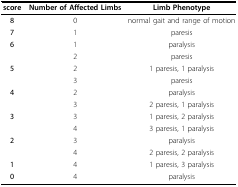
| score | Number of Affected Limbs | Limb Phenotype |
 | --- | --- | --- |
 | 8 | 0 | normal gait and range of motion |
 | 7 | 1 | paresis |
 | 6 | 1 | paralysis |
 |  | 2 | paresis |
 | 5 | 2 | 1 paresis, 1 paralysis |
 |  | 3 | paresis |
 | 4 | 2 | paralysis |
 |  | 3 | 2 paresis, 1 paralysis |
 | 3 | 3 | 1 paresis, 2 paralysis |
 |  | 4 | 3 paresis, 1 paralysis |
 | 2 | 3 | paralysis |
 |  | 4 | 2 paresis, 2 paralysis |
 | 1 | 4 | 1 paresis, 3 paralysis |
 | 0 | 4 | paralysis |